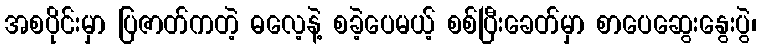
အစပိုင်းမှာ ပြဇာတ်ကတဲ့ ဓလေ့နဲ့ စခဲ့ပေမယ့် စစ်ပြီးခေတ်မှာ စာပေဆွေးနွေးပွဲ၊